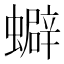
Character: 𧓄